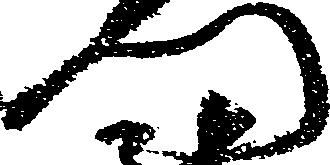
門